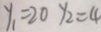
y _ { 1 } = 2 0 y _ { 2 } = 4